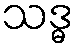
သဒ္ဓ